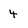
Character: 4